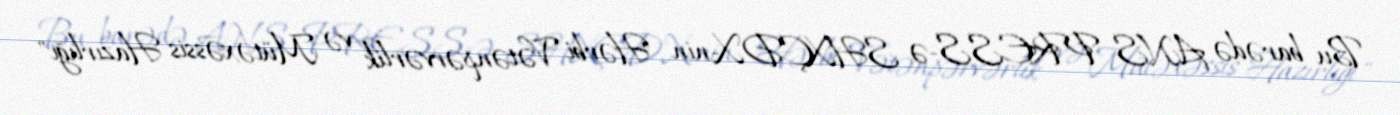
Bu barədə ANS PRESS-ə SHXÇDX-nin "Hərbi Vətənpərvərlik və Mütəxəssis Hazırlığı"